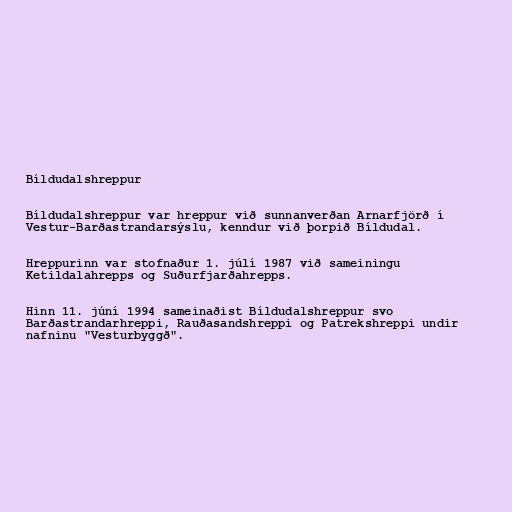
Bíldudalshreppur

Bíldudalshreppur var hreppur við sunnanverðan Arnarfjörð í
Vestur-Barðastrandarsýslu, kenndur við þorpið Bíldudal.

Hreppurinn var stofnaður 1. júlí 1987 við sameiningu
Ketildalahrepps og Suðurfjarðahrepps.

Hinn 11. júní 1994 sameinaðist Bíldudalshreppur svo
Barðastrandarhreppi, Rauðasandshreppi og Patrekshreppi undir
nafninu "Vesturbyggð".